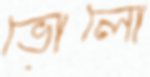
ভোলো